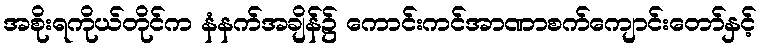
အစိုးရကိုယ်တိုင်က နံနက်အချိန်၌ ကောင်းကင်အာဏာစက်ကျောင်းတော်နှင့်